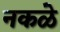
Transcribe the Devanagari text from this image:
नकळे